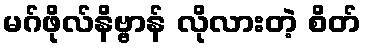
မဂ်ဖိုလ်နိဗ္ဗာန် လိုလားတဲ့ စိတ်